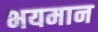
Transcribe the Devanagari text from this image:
भयमान